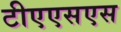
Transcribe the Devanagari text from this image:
टीएएसएस